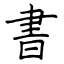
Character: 書